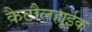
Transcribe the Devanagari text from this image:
कैटौलह्यूईक